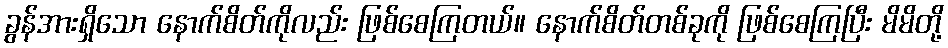
ခွန်အားရှိသော နောက်စိတ်ကိုလည်း ဖြစ်စေကြတယ်။ နောက်စိတ်တစ်ခုကို ဖြစ်စေကြပြီး မိမိတို့